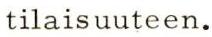
tilaisuuteen.